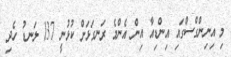
މި އިނިންގްސްގައި އިންޑިއާ އިން އެންމެ ރަނގަޅަށް ކުޅުނީ 137 ލަނޑު ހެދި